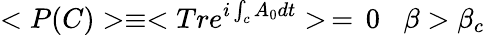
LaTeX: <P(C)>\equiv<Tre^{i\int_{c}A_{0}dt}>\, =\, 0\; \; \; \beta>\beta_{c}